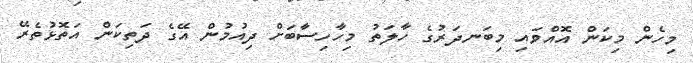
މިހެން މިކަން އޮއްވައި މިބަނދަރުގެ ހާލަތު މިހާހިސާބަށް ދިއުމުން އޭގެ ދަތިކަން އަތޮޅުތެރޭ